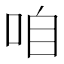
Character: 咱